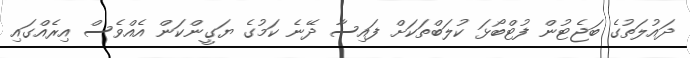
ދައުލަތުގެ ބަޖެޓުން ފުޓްބޯޅަ ކުލަބްތަކަށް ފައިސާ ދޭނެ ކަމުގެ ޔަގީންކަން އެއްވެސް އިރެއްގައި